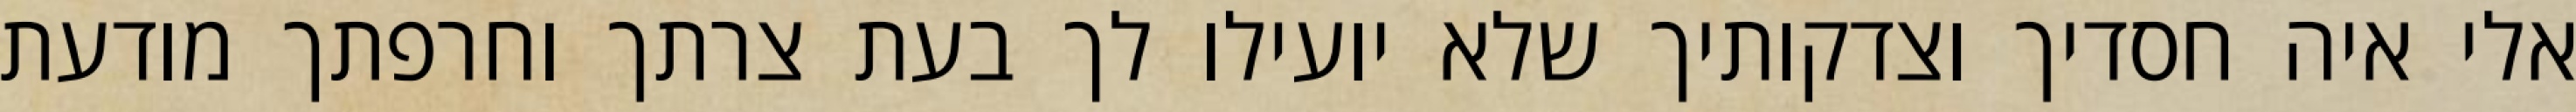
אלי איה חסדיך וצדקותיך שלא יועילו לך בעת צרתך וחרפתך מודעת